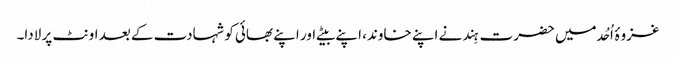
غزوۂ اُحُد میں حضرت ہِند نے اپنے خاوند، اپنے بیٹے اور اپنے بھائی کو شہادت کے بعد اونٹ پر لادا۔